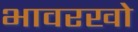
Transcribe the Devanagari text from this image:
भावरखो